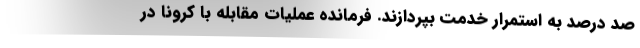
صد درصد به استمرار خدمت بپردازند. فرمانده عملیات مقابله با کرونا در